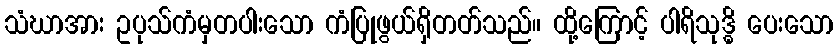
သံဃာအား ဥပုသ်ကံမှတပါးသော ကံပြုဖွယ်ရှိတတ်သည်။ ထို့ကြောင့် ပါရိသုဒ္ဓိ ပေးသော